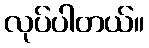
လုပ်ပါတယ်။